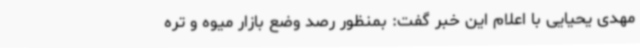
مهدی یحیایی با اعلام این خبر گفت: بمنظور رصد وضع بازار میوه و تره